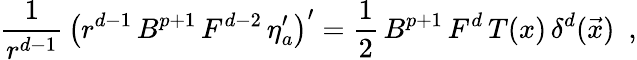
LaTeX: \frac{1}{r^{d-1}}\, \left(r^{d-1}\, B^{p+1}\, F^{d-2}\, \eta_{a}^{\prime}\right)^{\prime}=\frac{1}{2}\, B^{p+1}\, F^{d}\, T(x)\, \delta^{d}(\vec{x})~~,